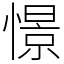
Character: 憬